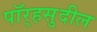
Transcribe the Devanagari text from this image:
पॉर्‍हसुदील